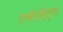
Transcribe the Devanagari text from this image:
एल्केलॉइड्स